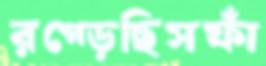
রগ্‌ড়েছিসফাঁ